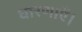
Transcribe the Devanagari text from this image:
धारणाएँ।